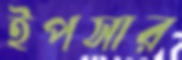
ইপসার